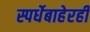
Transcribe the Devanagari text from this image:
स्पर्धेबाहेरही